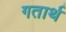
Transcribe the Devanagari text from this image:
गतार्थ